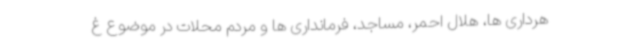
هرداری ها، هلال احمر، مساجد، فرمانداری ها و مردم محلات در موضوع غ